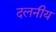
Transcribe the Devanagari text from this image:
दलनीय